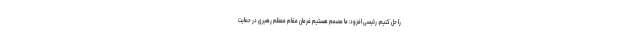
را حل کنیم. رئیسی افزود: ما مصمم هستیم فرمان مقام معظم رهبری در حمایت